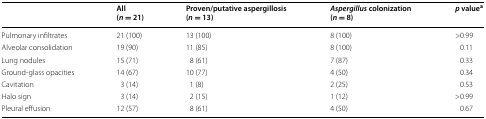
<table><thead><tr><td></td><td><b>All(<i>n</i> = 21)</b></td><td><b>Proven/putative aspergillosis(<i>n</i> = 13)</b></td><td><b><i>Aspergillus</i> colonization(<i>n</i> = 8)</b></td><td><b><i>p</i> value<sup>a</sup></b></td></tr></thead><tbody><tr><td>Pulmonary infiltrates</td><td>21 (100)</td><td>13 (100)</td><td>8 (100)</td><td>&gt;0.99</td></tr><tr><td>Alveolar consolidation</td><td>19 (90)</td><td>11 (85)</td><td>8 (100)</td><td>0.11</td></tr><tr><td>Lung nodules</td><td>15 (71)</td><td>8 (61)</td><td>7 (87)</td><td>0.33</td></tr><tr><td>Ground-glass opacities</td><td>14 (67)</td><td>10 (77)</td><td>4 (50)</td><td>0.34</td></tr><tr><td>Cavitation</td><td>3 (14)</td><td>1 (8)</td><td>2 (25)</td><td>0.53</td></tr><tr><td>Halo sign</td><td>3 (14)</td><td>2 (15)</td><td>1 (12)</td><td>&gt;0.99</td></tr><tr><td>Pleural effusion</td><td>12 (57)</td><td>8 (61)</td><td>4 (50)</td><td>0.67</td></tr></tbody></table>